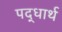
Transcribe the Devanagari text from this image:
पद्धार्थ